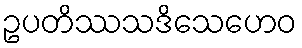
ဥပတိဿသဒိသေဟေဝ